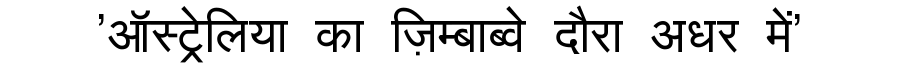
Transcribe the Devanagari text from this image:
'ऑस्ट्रेलिया का ज़िम्बाब्वे दौरा अधर में'